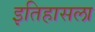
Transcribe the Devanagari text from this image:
इतिहासला